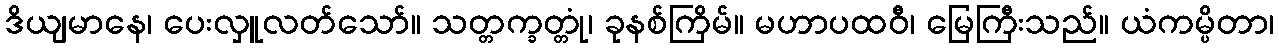
ဒိယျမာနေ၊ ပေးလှူလတ်သော်။ သတ္တက္ခတ္တုံ၊ ခုနစ်ကြိမ်။ မဟာပထဝီ၊ မြေကြီးသည်။ ယံကမ္ပိတာ၊